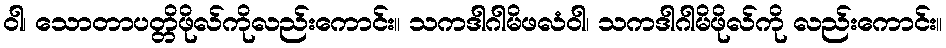
ဝါ၊ သောတာပတ္တိဖိုလ်ကိုလည်းကောင်း။ သကဒါဂါမိဖလံဝါ၊ သကဒါဂါမိဖိုလ်ကို လည်းကောင်း။